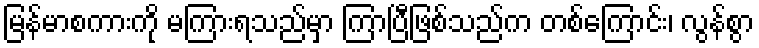
မြန်မာစကားကို မကြားရသည်မှာ ကြာပြီဖြစ်သည်က တစ်ကြောင်း၊ လွန်စွာ